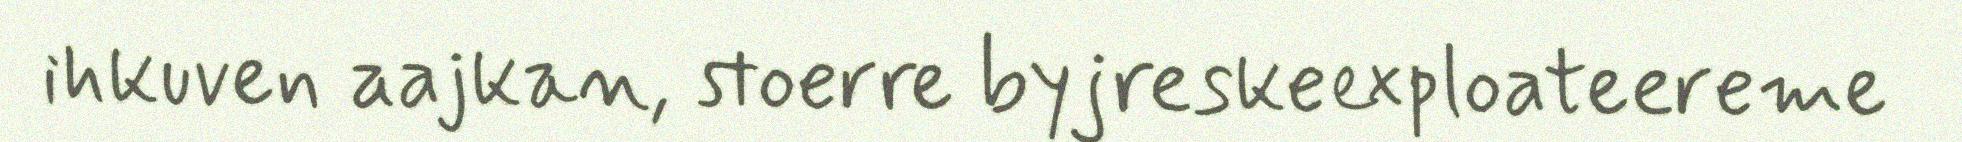
ihkuven aajkan, stoerre byjreskeexploateereme